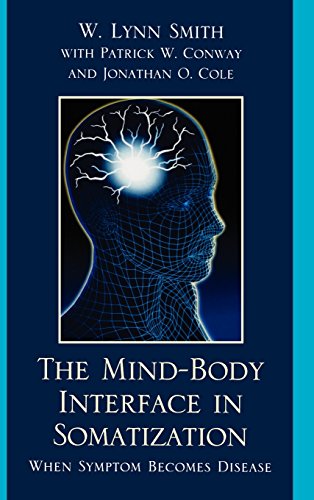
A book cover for The Mind-Body Interface in Somatization: When Symptom Becomes Disease; Lynn W. Smith; Health, Fitness & Dieting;